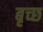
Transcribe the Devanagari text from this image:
बृच्‍छ